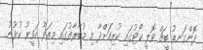
ދޮންގަނޑު ބީޗް ވޮލީ ކޯޓުގައި ކުރިއަށްދާ މި މުބާރާތުގައި މިއަދު ހަވީރު ކުޅުނު